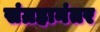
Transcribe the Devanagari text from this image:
संग्रहानंतर